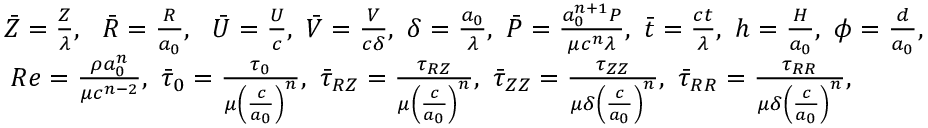
\begin{array} { r } { \bar { Z } = \frac { Z } { \lambda } , ~ ~ \bar { R } = \frac { R } { a _ { 0 } } , ~ ~ \bar { U } = \frac { U } { c } , ~ \bar { V } = \frac { V } { c \delta } , ~ \delta = \frac { a _ { 0 } } { \lambda } , ~ \bar { P } = \frac { a _ { 0 } ^ { n + 1 } P } { \mu c ^ { n } \lambda } , ~ \bar { t } = \frac { c t } { \lambda } , ~ h = \frac { H } { a _ { 0 } } , ~ \phi = \frac { d } { a _ { 0 } } , } \\ { R e = \frac { \rho a _ { 0 } ^ { n } } { \mu c ^ { n - 2 } } , ~ \bar { \tau } _ { 0 } = \frac { \tau _ { 0 } } { \mu \left( \frac { c } { a _ { 0 } } \right) ^ { n } } , ~ \bar { \tau } _ { R Z } = \frac { \tau _ { R Z } } { \mu \left( \frac { c } { a _ { 0 } } \right) ^ { n } } , ~ \bar { \tau } _ { Z Z } = \frac { \tau _ { Z Z } } { \mu \delta \left( \frac { c } { a _ { 0 } } \right) ^ { n } } , ~ \bar { \tau } _ { R R } = \frac { \tau _ { R R } } { \mu \delta \left( \frac { c } { a _ { 0 } } \right) ^ { n } } , ~ ~ ~ ~ ~ ~ ~ ~ } \end{array}